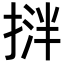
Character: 𢯝